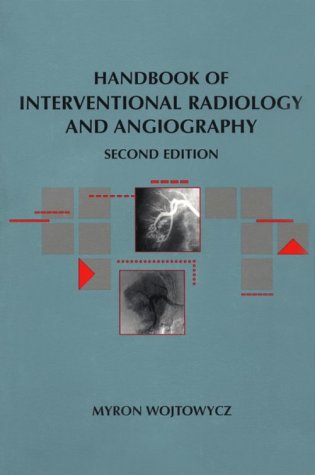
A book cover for Handbook of Interventional Radiology and Angiography; Myron Wojtowycz; Medical Books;